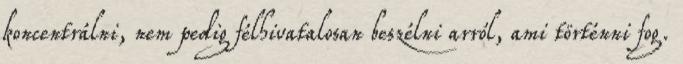
koncentrálni, nem pedig félhivatalosan beszélni arról, ami történni fog.